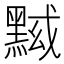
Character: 𱋷